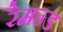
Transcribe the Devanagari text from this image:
रैमन्ड